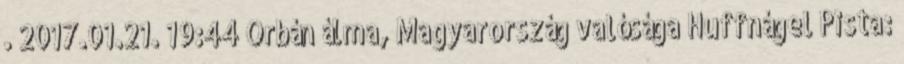
. 2017.01.21. 19:44 Orbán álma, Magyarország valósága Huffnágel Pista: